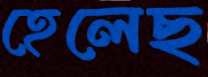
হেলেছ